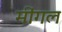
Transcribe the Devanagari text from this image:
मींगल